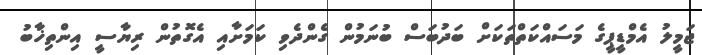
ޖަމީލު އެމްޑީޕީގެ މަސައްކަތްތަކަށް ބަދުބަސް ބުނަމުން ގެންދެވި ކަމަށާއި އެގޮތުން ރިޔާސީ އިންތިޚާބު